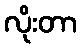
လိုးတာ